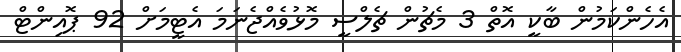
އެހެންކަމުން ބާކީ އޮތް 3 މެޗުން ޗެލްސީ މޮޅުވެއްޖެނަމަ އެޓީމަށް 92 ޕޮއިންޓް